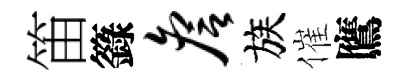
笛籙詹族催鷹